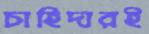
চাহিদারই